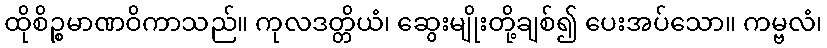
ထိုစိဉ္စမာဏဝိကာသည်။ ကုလဒတ္တိယံ၊ ဆွေးမျိုးတို့ချစ်၍ ပေးအပ်သော။ ကမ္ဗလံ၊